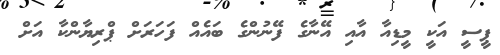
ޕީސީ އަކީ މީޑިއާ އާއި އޭނާގެ ފޭނުންގެ ބައެއް ފަހަރަށް ޕްރިޔާންކާ އަށް